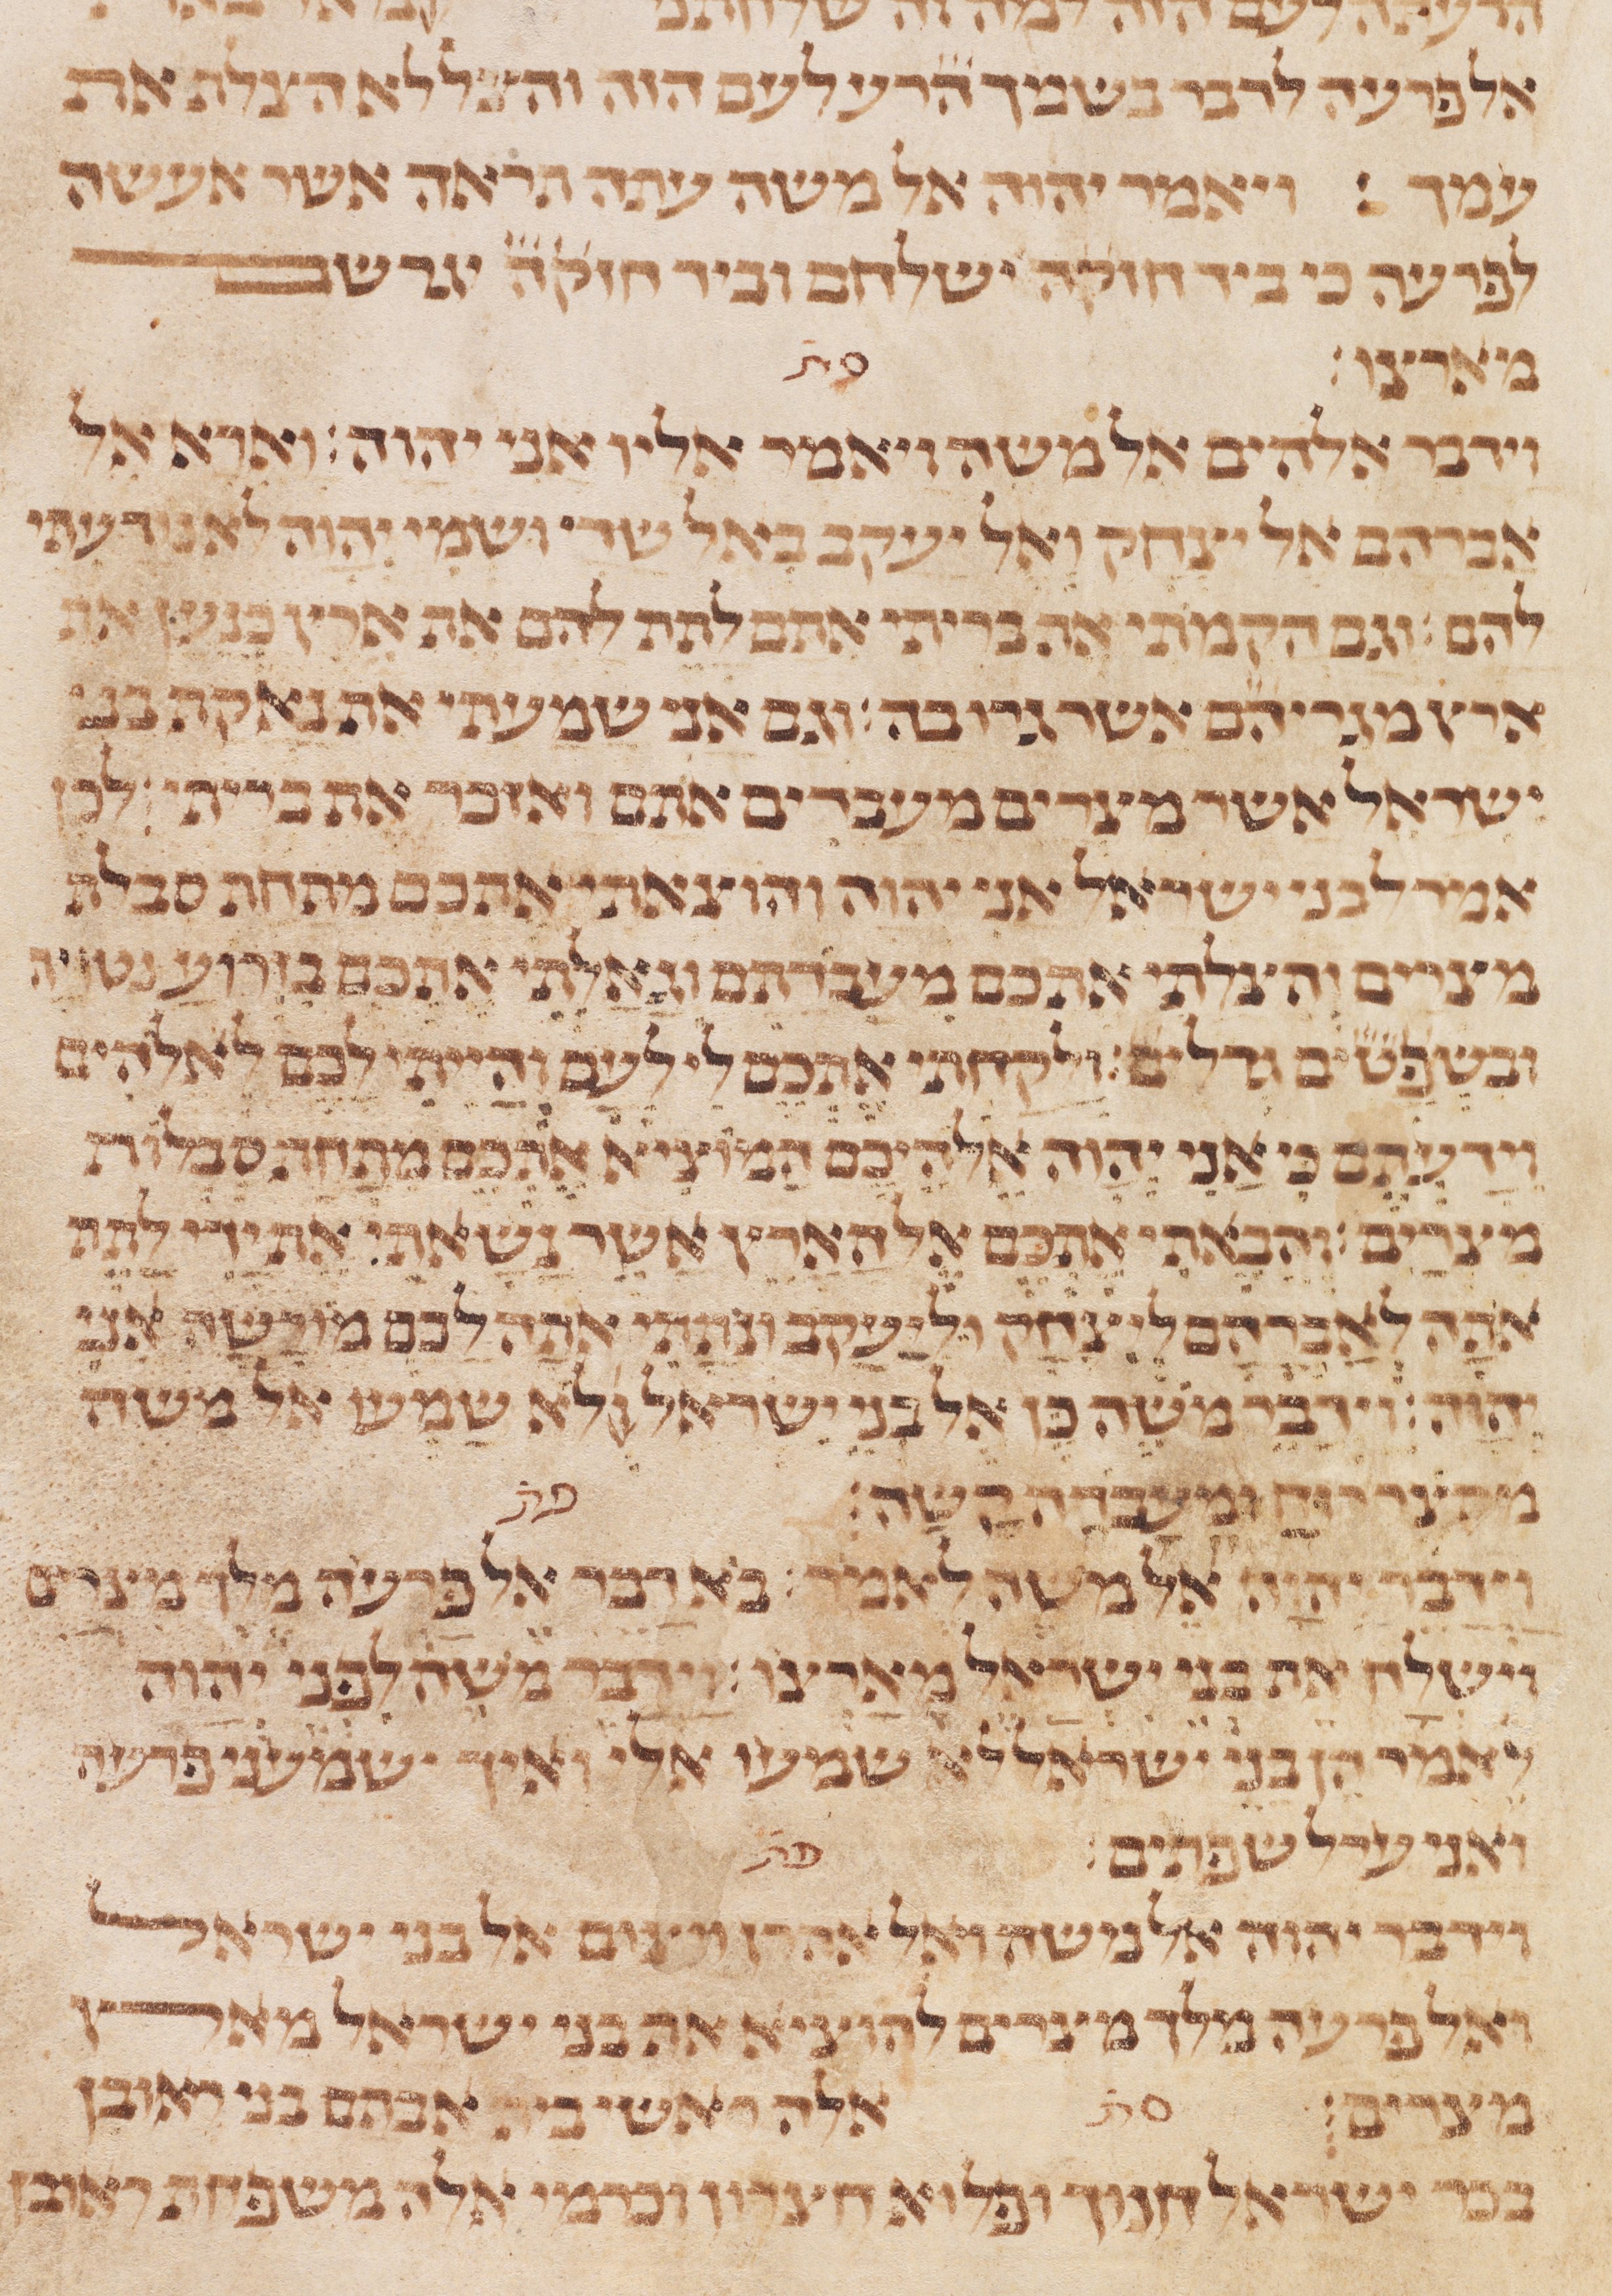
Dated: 1235–1255